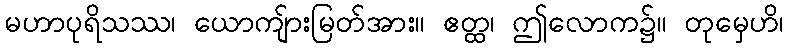
မဟာပုရိသဿ၊ ယောကျ်ားမြတ်အား။ ဧတ္ထ၊ ဤလောက၌။ တုမှေဟိ၊